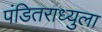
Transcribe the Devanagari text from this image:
पंडितराध्युला